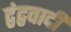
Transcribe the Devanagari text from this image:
द्वंद्ववादी